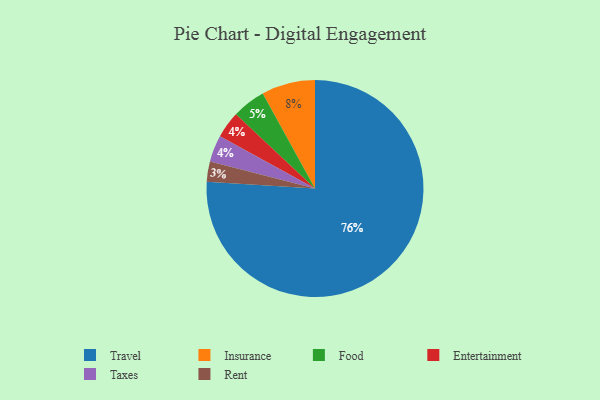
{"axis": {"x": "Category", "y": "Percentage"}, "legend": ["Entertainment", "Food", "Insurance", "Rent", "Taxes", "Travel"], "data": [{"x": "Entertainment", "y": 4, "type": "Entertainment"}, {"x": "Taxes", "y": 4, "type": "Taxes"}, {"x": "Rent", "y": 3, "type": "Rent"}, {"x": "Food", "y": 5, "type": "Food"}, {"x": "Insurance", "y": 8, "type": "Insurance"}, {"x": "Travel", "y": 76, "type": "Travel"}]}